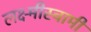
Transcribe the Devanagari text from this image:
लक्ष्मीस्वामी